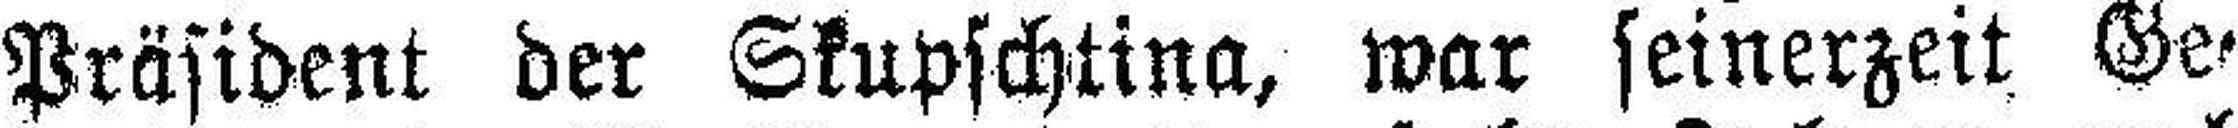
Präsident der Skupschtina, war seinerzeit Ge¬